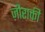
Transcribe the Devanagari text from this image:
ज़ीराकी